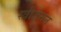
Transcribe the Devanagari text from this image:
स्त्रीजनन